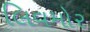
લિવમોર